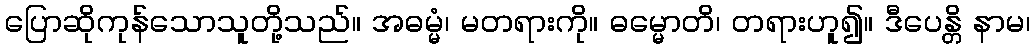
ပြောဆိုကုန်သောသူတို့သည်။ အဓမ္မံ၊ မတရားကို။ ဓမ္မောတိ၊ တရားဟူ၍။ ဒီပေန္တိ နာမ၊